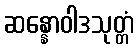
ဆန္နောဝါဒသုတ္တံ